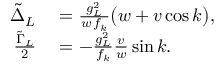
\begin{array} { r l } { \tilde { \Delta } _ { L } } & { { } = \frac { g _ { L } ^ { 2 } } { w \, f _ { k } } \big ( w + v \cos { k } \big ) , } \\ { \frac { \tilde { \Gamma } _ { L } } { 2 } } & { { } = - \frac { g _ { L } ^ { 2 } } { f _ { k } } \frac { v } { w } \sin { k } . } \end{array}